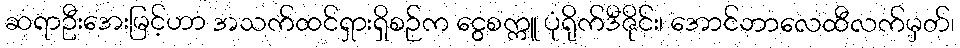
ဆရာဦးအေးမြင့်ဟာ အသက်ထင်ရှားရှိစဉ်က ငွေစက္ကူ ပုံရိုက်ဒီဇိုင်း၊ အောင်ဘာလေထီလက်မှတ်၊